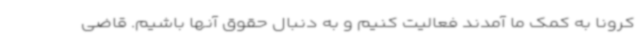
کرونا به کمک ما آمدند فعالیت کنیم و به دنبال حقوق آنها باشیم. قاضی